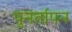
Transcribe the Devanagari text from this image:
पुनर्तापन